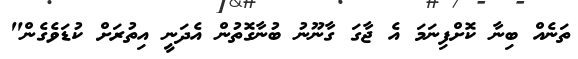
ތަނެއް ބިނާ ކޮށްފިނަމަ އެ ޖާގަ ގާނޫނު ބުނާގޮތުން އެދަނީ އިތުރަށް ކުޑަވެގެން"